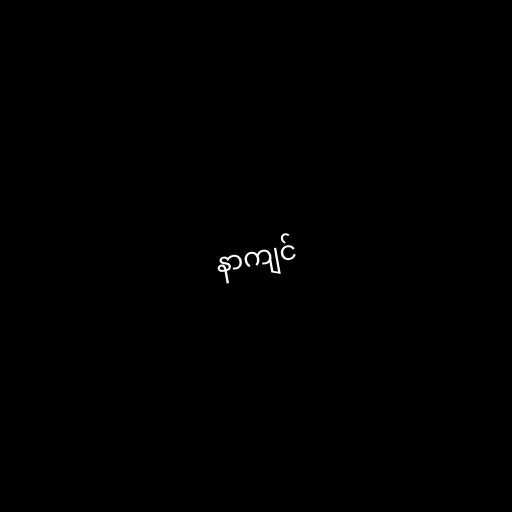
နာကျင်